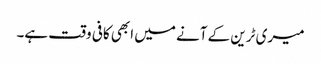
میری ٹرین کے آنے میں ابھی کافی وقت ہے۔